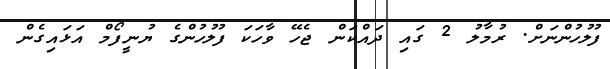
ފުލުހުންނަށް. ރުމާލު 2 ގައި ދައްކަން ޖެހޭ ވާހަކަ ފުލުހުންގެ ޔުނީފޯމް އަޅައިގެން